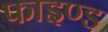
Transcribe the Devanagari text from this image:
फाइण्ड